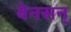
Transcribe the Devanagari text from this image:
बेनसन्